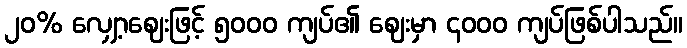
၂၀% လျှော့ဈေးဖြင့် ၅၀၀၀ ကျပ်၏ ဈေးမှာ ၄၀၀၀ ကျပ်ဖြစ်ပါသည်။